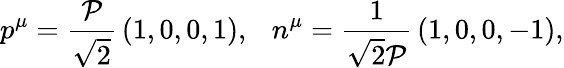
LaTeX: p^{\mu}=\frac{{\cal P}}{\sqrt{2}}\, (1,0,0,1),\ \ \ n^{\mu}=\frac{1}{\sqrt{2}{\cal P}}\, (1,0,0,-1),